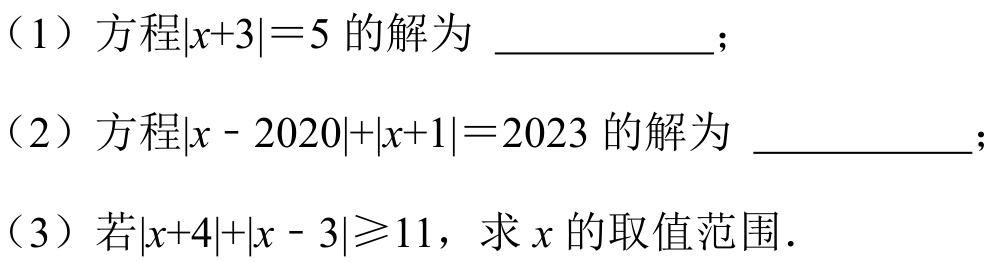
（1）方程\(\vert x + 3\vert=5\)的解为  ；
（2）方程\(\vert x - 2020\vert+\vert x + 1\vert=2023\)的解为  ；
（3）若\(\vert x + 4\vert+\vert x - 3\vert\geqslant11\)，求\(x\)的取值范围．